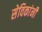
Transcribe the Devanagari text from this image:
सेविकांनी